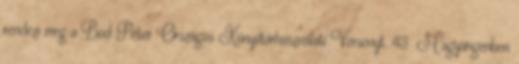
rendezi meg a Bod Péter Országos Könyvtárhasználati Versenyt. 43 Magyarigenben